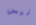
ليس